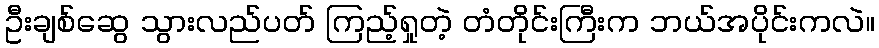
ဦးချစ်ဆွေ သွားလည်ပတ် ကြည့်ရှုတဲ့ တံတိုင်းကြီးက ဘယ်အပိုင်းကလဲ။